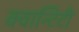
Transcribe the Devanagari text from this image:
क्वान्टिटी